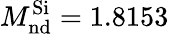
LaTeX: M_{\mathrm{nd}}^{\mathrm{Si}}=1.8153\, \